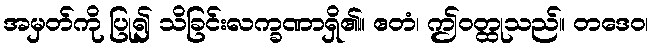
အမှတ်ကို ပြု၍ သိခြင်းလက္ခဏာရှိ၏။ ဧတံ၊ ဤဝတ္ထုသည်။ တဒေဝ၊